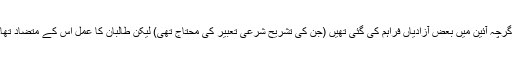
اگرچہ آئین میں بعض آزادیاں فراہم کی گئی تھیں (جن کی تشریح شرعی تعبیر کی محتاج تھی) لیکن طالبان کا عمل اس کے متضاد تھا۔